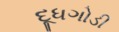
દૂધગોડી